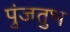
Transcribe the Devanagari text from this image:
पुंजतुभ